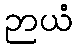
ဉာယံ